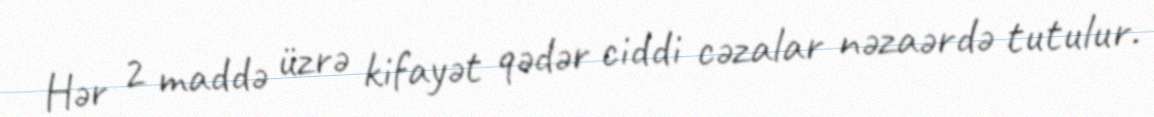
Hər 2 maddə üzrə kifayət qədər ciddi cəzalar nəzaərdə tutulur.